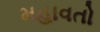
મહાવતો